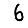
Digit: 6